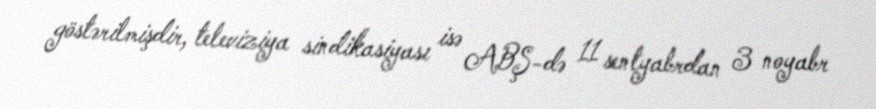
göstərilmişdir, televiziya sindikasiyası isə ABŞ-də 11 sentyabrdan 3 noyabr